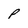
Character: P